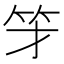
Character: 𱷯